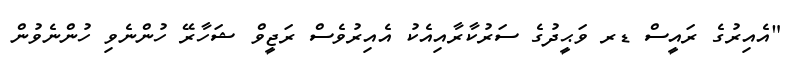
"އެއިރުގެ ރައީސް ޑރ ވަޙީދުގެ ސަރުކާރާއިއެކު އެއިރުވެސް ރަޖީވް ޝަހާރޭ ހުންނެވި ހުންނެވުން